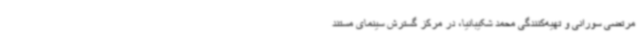
مرتضی سورانی و تهیه‌کنندگی محمد شکیبانیا، در مرکز گسترش سینمای مستند